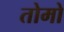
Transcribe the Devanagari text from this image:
तोमो